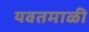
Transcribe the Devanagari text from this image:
यवतमाळी